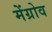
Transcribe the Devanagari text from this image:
मेंग्रोव